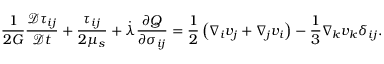
\frac { 1 } { 2 G } \frac { \mathcal { D } \tau _ { i j } } { \mathcal { D } t } + \frac { \tau _ { i j } } { 2 \mu _ { s } } + \dot { \lambda } \frac { \partial Q } { \partial \sigma _ { i j } } = \frac { 1 } { 2 } \left( \nabla _ { i } v _ { j } + \nabla _ { j } v _ { i } \right) - \frac { 1 } { 3 } \nabla _ { k } v _ { k } \delta _ { i j } .